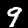
Label: 9